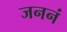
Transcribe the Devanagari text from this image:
जननं